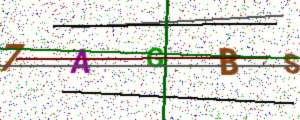
Text: 7AGBS